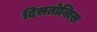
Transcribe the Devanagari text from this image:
दिसतोनिास